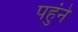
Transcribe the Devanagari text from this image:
पहुंने